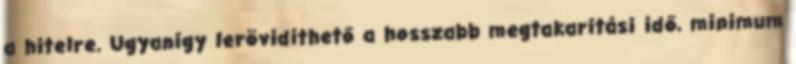
a hitelre. Ugyanígy lerövidíthető a hosszabb megtakarítási idő, minimum